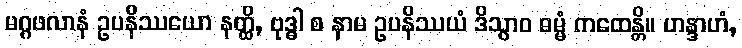
မဂ္ဂဖလာနံ ဥပနိဿယော နတ္ထိ, ဗုဒ္ဓါ စ နာမ ဥပနိဿယံ ဒိသွာဝ ဓမ္မံ ကထေန္တိ။ ဟန္ဒာဟံ,